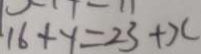
1 6 + y = 2 3 + x